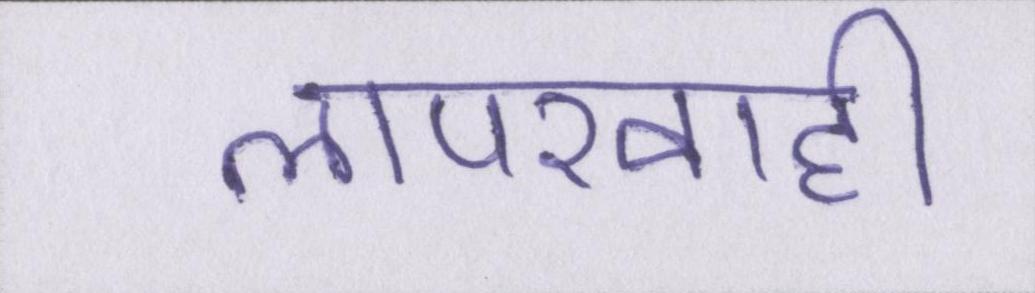
लापरवाही